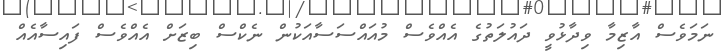
ނަމަވެސް އާޒިމާ ވިދާޅުވީ ދައުލަތުގެ އެއްވެސް މުއައްސަސާއަކުން ނެކްސް ބިޒަށް އެއްވެސް ފައިސާއެއް